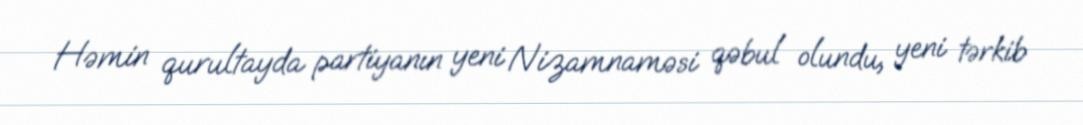
Həmin qurultayda partiyanın yeni Nizamnaməsi qəbul olundu, yeni tərkib